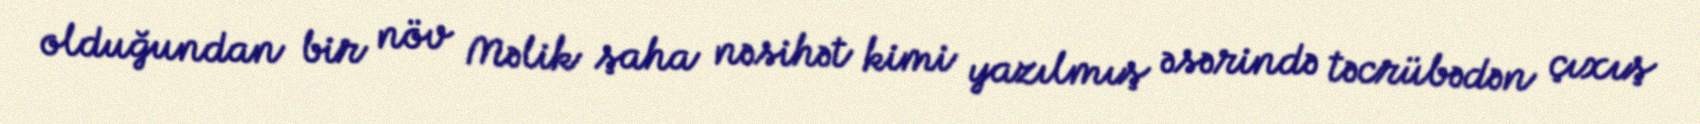
olduğundan bir növ Məlik şaha nəsihət kimi yazılmış əsərində təcrübədən çıxış